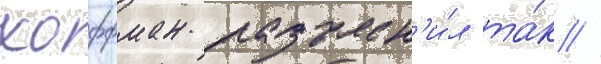
хоффман разъясн'и́л та́к //